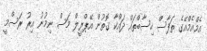
އެމްއެމްއޭގެ ތަފާސް ހިސާބްތައް ދައްކާ ގޮތުން އޭޕްރީލް މަސް ނިމުނު އިރު ރަސްމީ